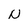
Character: N